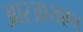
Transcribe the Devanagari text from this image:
आरआयएन